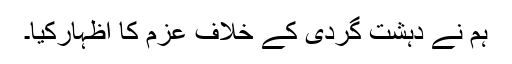
ہم نے دہشت گردی کے خلاف عزم کا اظہارکیا۔